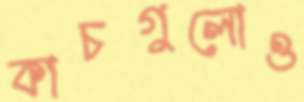
কাচগুলোও